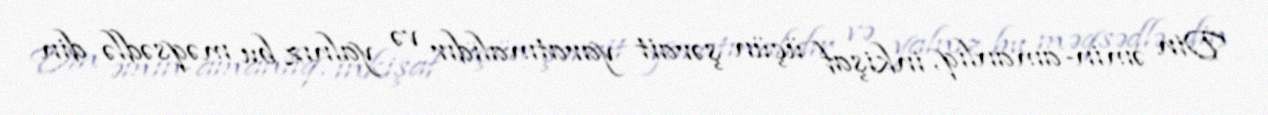
Din əmin-amanlıq, inkişaf üçün şərait yaratmalıdır və yalnız bu məqsədlə din